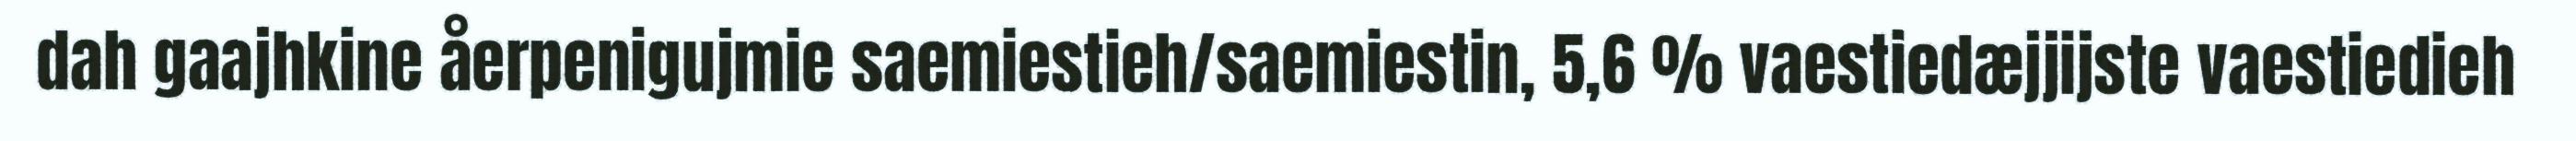
dah gaajhkine åerpenigujmie saemiestieh/saemiestin, 5,6 % vaestiedæjjijste vaestiedieh